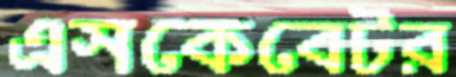
এসকেবেটর